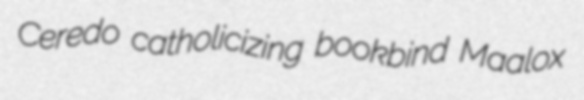
Ceredo catholicizing bookbind Maalox